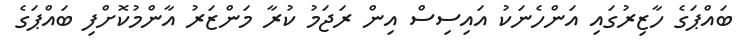
ބައްޕަގެ ހާޒިރުގައި އަންހެނަކު އައިސިސް އިން ރަޖަމު ކުރާ މަންޒަރު އާންމުކޮށްފި ބައްޕަގެ